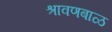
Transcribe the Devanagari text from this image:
श्रावणबाळ